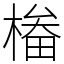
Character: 㮥